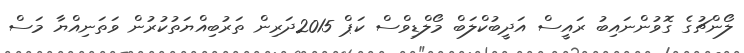
ލޯންޗުގެ ގޮވުންނައިބު ރައީސް އަދީބުކްލަބް މޯލްޑިވްސް ކަޕް 2015ދަރިން ތަރުބިއްޔަތުކުރުން ވަތަނިއްޔާ މަސް